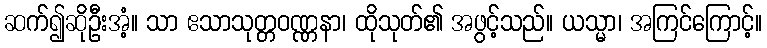
ဆက်၍ဆိုဦးအံ့။ သာ ဧသာသုတ္တဝဏ္ဏနာ၊ ထိုသုတ်၏ အဖွင့်သည်။ ယသ္မာ၊ အကြင်ကြောင့်။